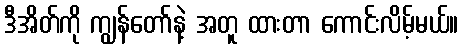
ဒီအိတ်ကို ကျွန်တော်နဲ့ အတူ ထားတာ ကောင်းလိမ့်မယ်။